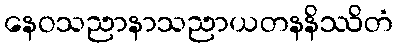
နေဝသညာနာသညာယတနနိဿိတံ